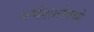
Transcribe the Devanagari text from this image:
पर्णशालेमध्ये